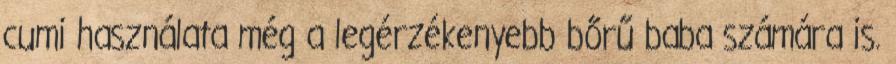
cumi használata még a legérzékenyebb bőrű baba számára is.